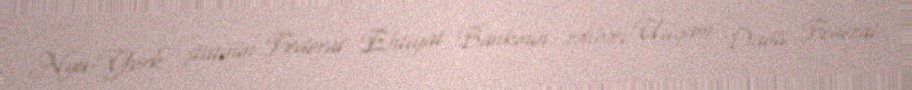
Nyu-York ştatının Federal Ehtiyat Bankının rəhbəri Uilyam Dadli Federal